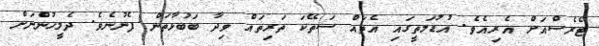
ޓެރެސްއަށް އެރިއެވެ. އުޑުމަތީގައި އެތައް ސަތޭކަ ތަރިތައް ވިދާ ބަބުޅާތަން ފެނުނެވެ. ދެމީހުންނަށް